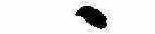
ゝ